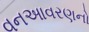
વનઆવરણનો